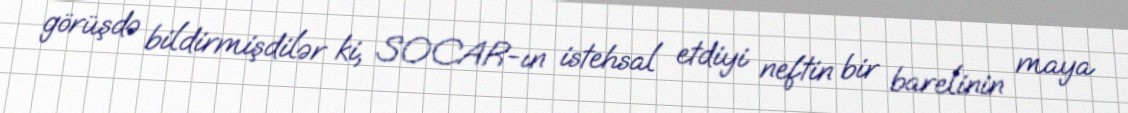
görüşdə bildirmişdilər ki, SOCAR-ın istehsal etdiyi neftin bir barelinin maya